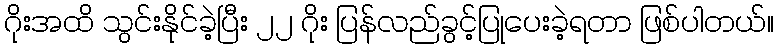
ဂိုးအထိ သွင်းနိုင်ခဲ့ပြီး ၂၂ ဂိုး ပြန်လည်ခွင့်ပြုပေးခဲ့ရတာ ဖြစ်ပါတယ်။